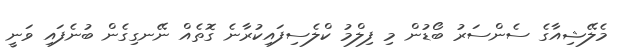
މެލޭޝިއާގެ ސެންސަރު ބޯޑުން މި ފިލްމު ކްލެސިފައިކުރާނެ ގޮތެއް ނޭނގިގެން ބުނެފައި ވަނީ